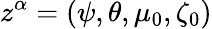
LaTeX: z^{\alpha}=(\psi,\theta,\mu_{0},\zeta_{0})